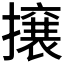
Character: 𭢯